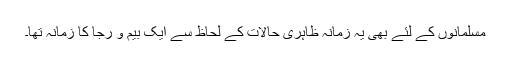
مسلمانوں کے لئے بھی یہ زمانہ ظاہری حالات کے لحاظ سے ایک بیم و رجا کا زمانہ تھا۔